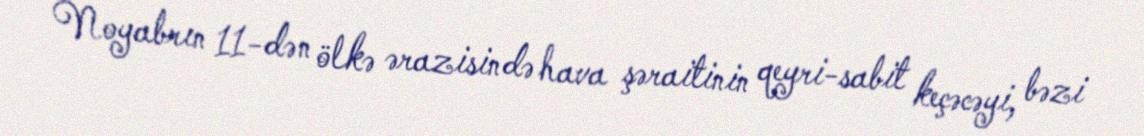
Noyabrın 11-dən ölkə ərazisində hava şəraitinin qeyri-sabit keçəcəyi, bəzi